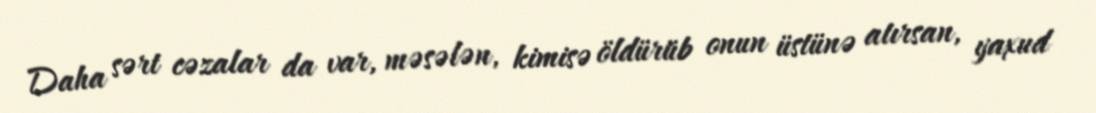
Daha sərt cəzalar da var, məsələn, kimisə öldürüb onun üstünə atırsan, yaxud